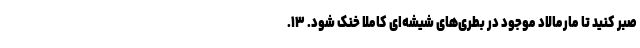
صبر کنید تا مارمالاد موجود در بطری‌های شیشه‌ای کاملا خنک شود. ۱۳.